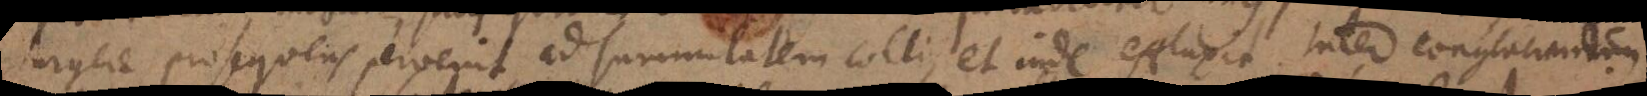
surgere prosequens pervenit ad summitatem colli, et inde effluxit. Inter conglaciandum